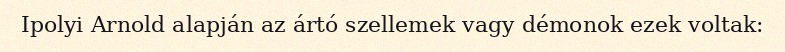
Ipolyi Arnold alapján az ártó szellemek vagy démonok ezek voltak: